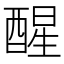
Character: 醒